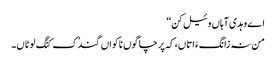
اے وہدی آہاں وئیل کن‘‘
من نہ زانگءَ اتاں، کہ پرچا گوں ناکواں گندُک کنَگ لوٹاں۔